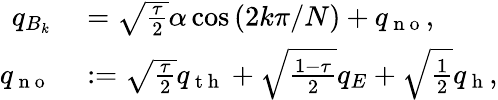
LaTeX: \begin{array}{rl}{q_{B_{k}}}&{{}=\sqrt{\frac{\tau}{2}}\alpha\cos\left(2k\pi/N\right)+q_{\mathrm{~n~o~}},}\\ {q_{\mathrm{~n~o~}}}&{{}:=\sqrt{\frac{\tau}{2}}q_{\mathrm{~t~h~}}+\sqrt{\frac{1-\tau}{2}}q_{E}+\sqrt{\frac{1}{2}}q_{\mathrm{~h~}},}\end{array}